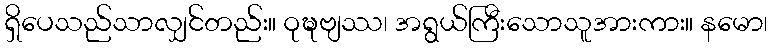
ရှိပေသည်သာလျှင်တည်း။ ဝုဍ္ဎဗျဿ၊ အရွယ်ကြီးသောသူအားကား။ နမော၊